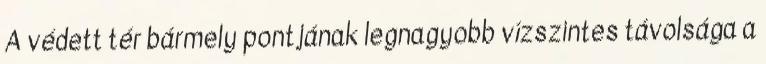
A védett tér bármely pontjának legnagyobb vízszintes távolsága a